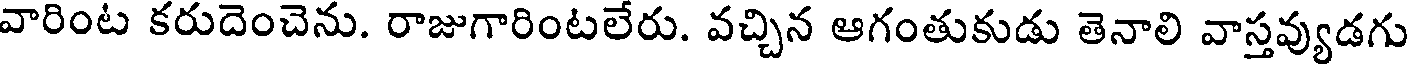
వారింట కరుదెంచెను. రాజుగారింటలేరు. వచ్చిన ఆగంతుకుడు తెనాలి వాస్తవ్యుడగు